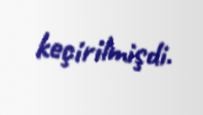
keçirilmişdi.